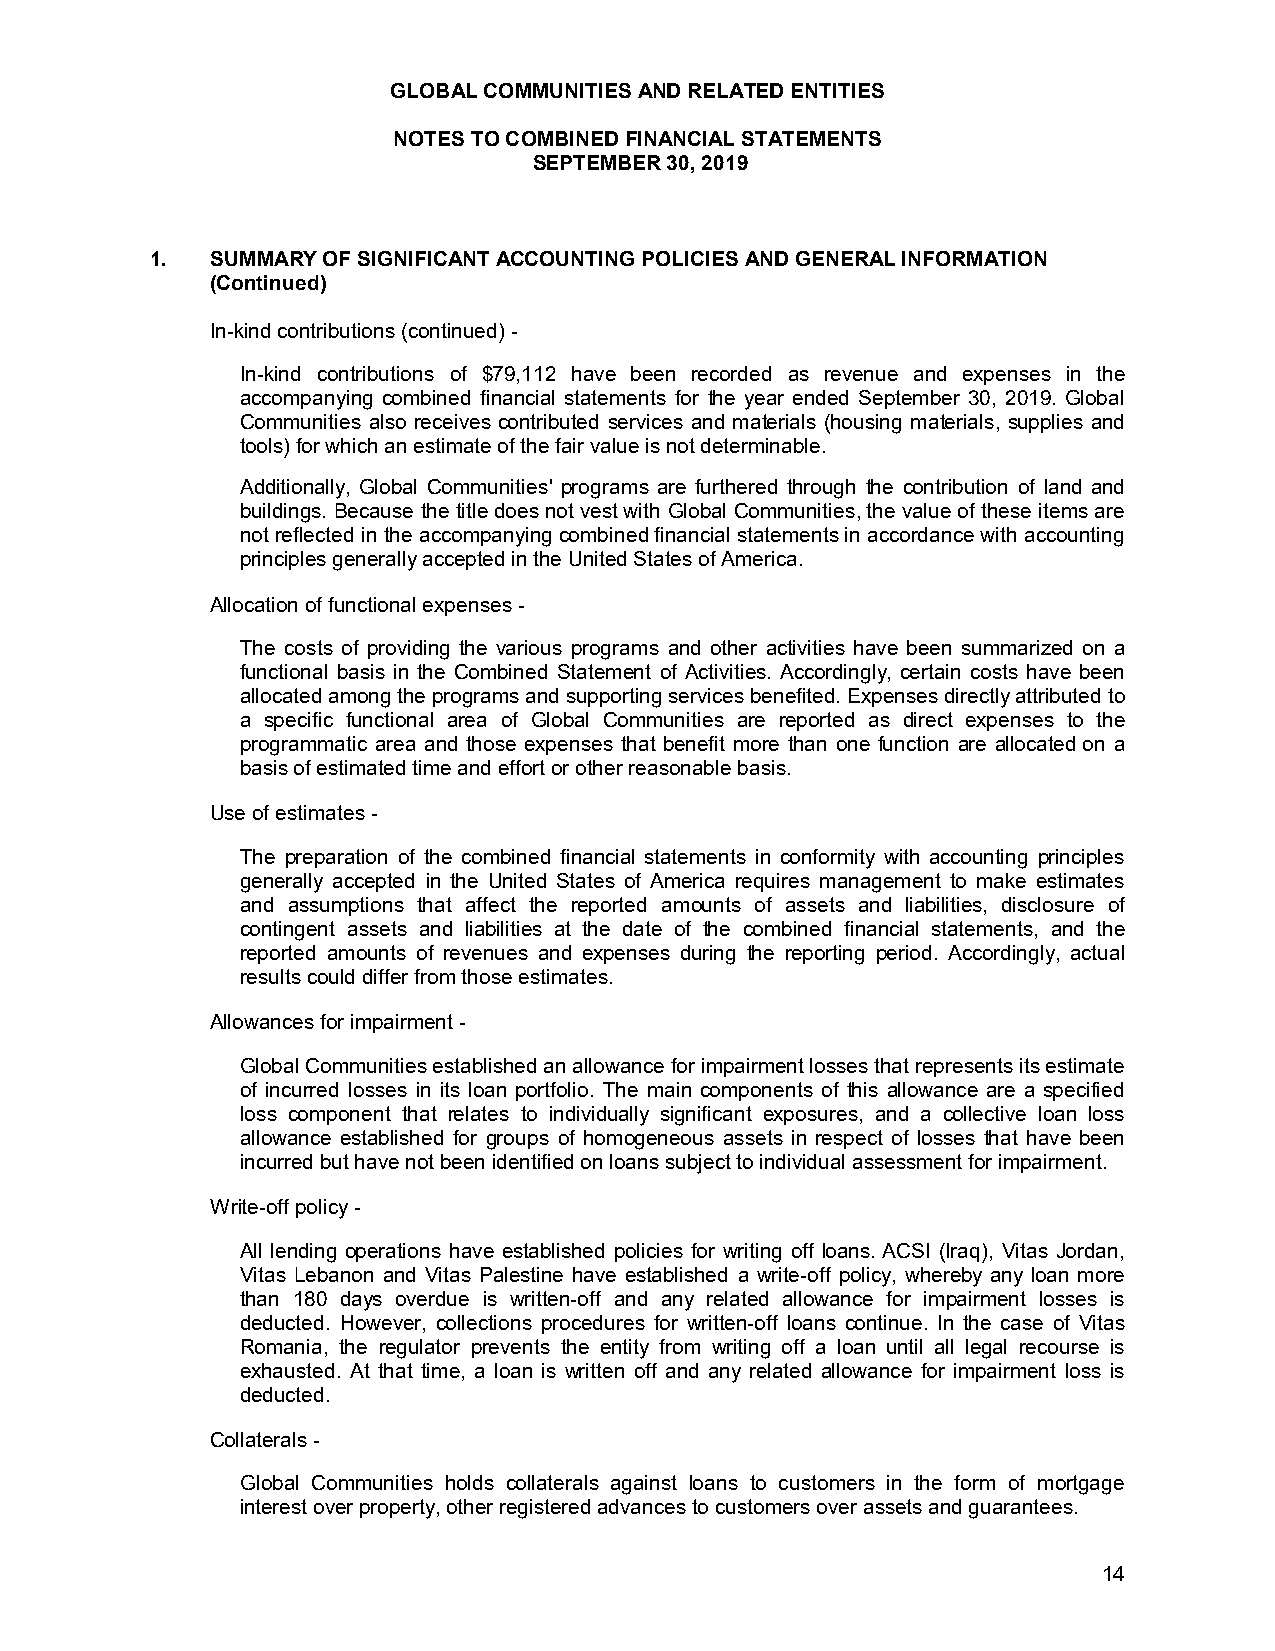
GLOBAL COMMUNITIES AND RELATED ENTITIES
 NOTES TO COMBINED FINANCIAL STATEMENTS
 SEPTEMBER 30, 2019
 1.  SUMMARY OF SIGNIFICANT ACCOUNTING POLICIES AND GENERAL INFORMATION
 (Continued)
 In-kind contributions (continued) -
 In-kind contributions of $79,112 have been recorded as revenue and expenses in the
 accompanying combined financial statements for the year ended September 30, 2019. Global
 Communities also receives contributed services and materials (housing materials, supplies and
 tools) for which an estimate of the fair value is not determinable.
 Additionally, Global Communities' programs are furthered through the contribution of land and
 buildings. Because the title does not vest with Global Communities, the value of these items are
 not reflected in the accompanying combined financial statements in accordance with accounting
 principles generally accepted in the United States of America.
 Allocation of functional expenses -
 The costs of providing the various programs and other activities have been summarized on a
 functional basis in the Combined Statement of Activities. Accordingly, certain costs have been
 allocated among the programs and supporting services benefited. Expenses directly attributed to
 a specific functional area of Global Communities are reported as direct expenses to the
 programmatic area and those expenses that benefit more than one function are allocated on a
 basis of estimated time and effort or other reasonable basis.
 Use of estimates -
 The preparation of the combined financial statements in conformity with accounting principles
 generally accepted in the United States of America requires management to make estimates
 and assumptions that affect the reported amounts of assets and liabilities, disclosure of
 contingent assets and liabilities at the date of the combined financial statements, and the
 reported amounts of revenues and expenses during the reporting period. Accordingly, actual
 results could differ from those estimates.
 Allowances for impairment -
 Global Communities established an allowance for impairment losses that represents its estimate
 of incurred losses in its loan portfolio. The main components of this allowance are a specified
 loss component that relates to individually significant exposures, and a collective loan loss
 allowance established for groups of homogeneous assets in respect of losses that have been
 incurred but have not been identified on loans subject to individual assessment for impairment.
 Write-off policy -
 All lending operations have established policies for writing off loans. ACSI (Iraq), Vitas Jordan,
 Vitas Lebanon and Vitas Palestine have established a write-off policy, whereby any loan more
 than 180 days overdue is written-off and any related allowance for impairment losses is
 deducted. However, collections procedures for written-off loans continue. In the case of Vitas
 Romania, the regulator prevents the entity from writing off a loan until all legal recourse is
 exhausted. At that time, a loan is written off and any related allowance for impairment loss is
 deducted.
 Collaterals -
 Global Communities holds collaterals against loans to customers in the form of mortgage
 interest over property, other registered advances to customers over assets and guarantees.
 14